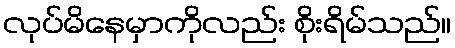
လုပ်မိနေမှာကိုလည်း စိုးရိမ်သည်။